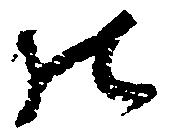
の